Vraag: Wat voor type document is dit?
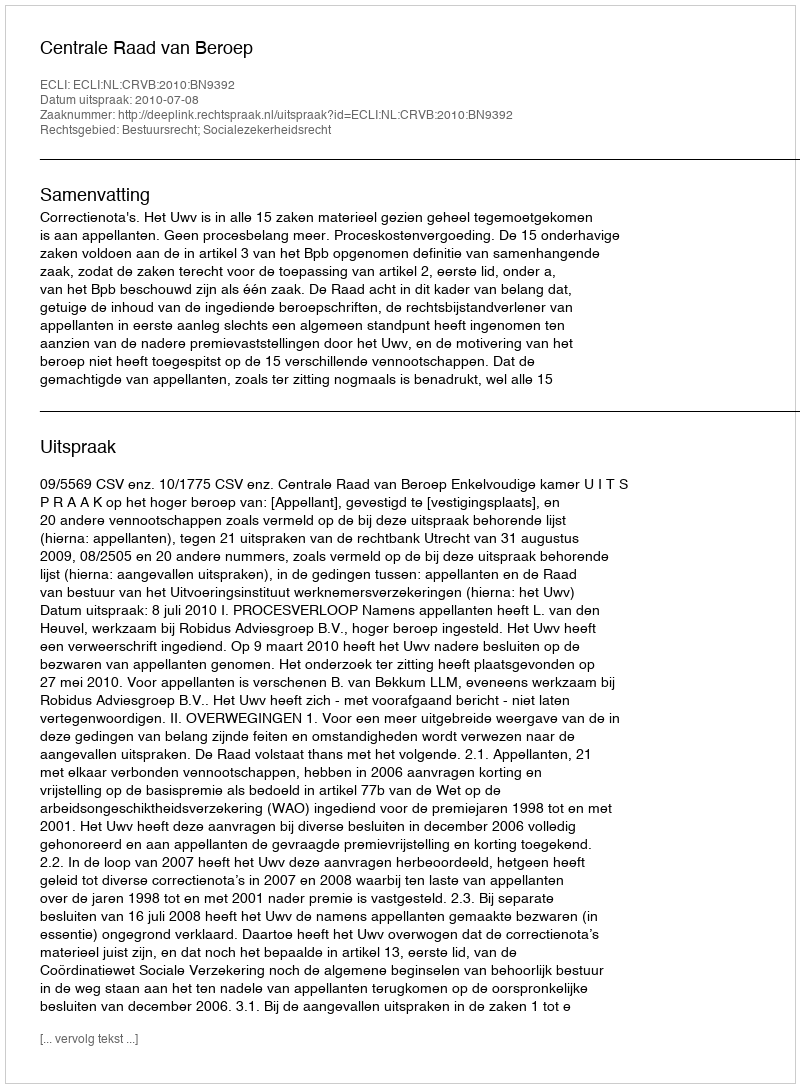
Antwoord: Uitspraak